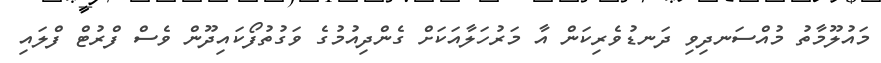
މައުލޫމާތު މުއްސަނދިވި ދަނޑުވެރިކަން އާ މަރުހަލާއަކަށް ގެންދިއުމުގެ ވަގުތުފޯކައިދޫން ވެސް ފްރުޓް ފްލައި